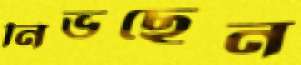
নিভছেন